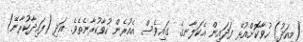
(މިއަދު) ހުވާކޮށްއުޅޭ ފަދައިން އެކަލާނގެ  ގައިވެސް އެއުރެން ހުވާކުރާނެތެވެ. އަދި (ފައިދާކުރާނޭ)